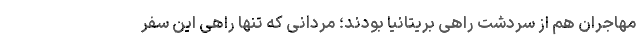
مهاجران هم از سردشت راهی بریتانیا بودند؛ مردانی که تنها راهی این سفر